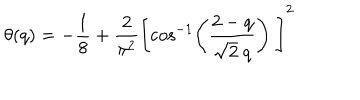
\theta ( q ) = - \frac { 1 } { 8 } + \frac { 2 } { \pi ^ { 2 } } \left[ \cos ^ { - 1 } \left( \frac { 2 - q } { \sqrt { 2 } \ q } \right) \ \right] ^ { 2 }